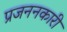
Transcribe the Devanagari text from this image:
प्रजननकारी